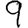
Digit: 9